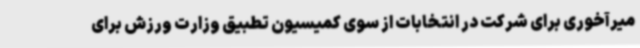
میرآخوری برای شرکت در انتخابات از سوی کمیسیون تطبیق وزارت ورزش برای